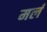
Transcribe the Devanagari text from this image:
मर्ल